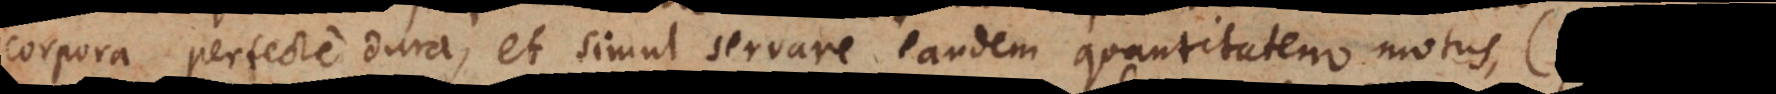
corpora perfecte dura, et simul servare eandem quantitatem motus